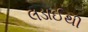
લડાઈથી